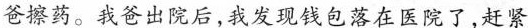
爸擦药。我爸出院后,我发现钱包落在医院了,赶紧